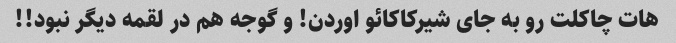
هات چاکلت رو به جای شیرکاکائو اوردن! و گوجه هم در لقمه دیگر نبود!!